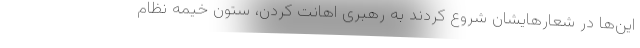
این‌ها در شعارهایشان شروع کردند به رهبری اهانت کردن، ستون خیمه نظام